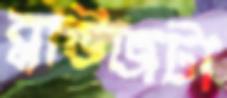
ব্লাউজটা